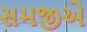
સમજીએ